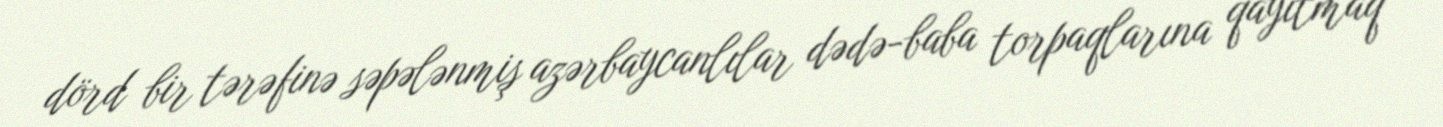
dörd bir tərəfinə səpələnmiş azərbaycanlılar dədə-baba torpaqlarına qayıtmaq